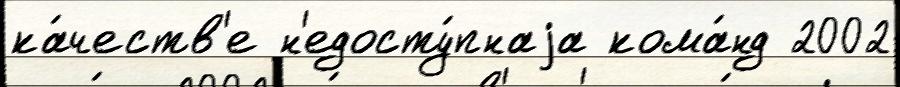
ка́честв'е н'едосту́пнаjа кома́нд 2002